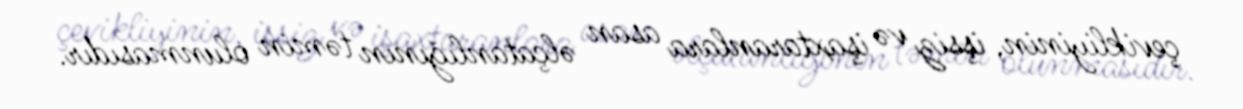
çevikliyinin, işsiz və işaxtaranlara asan əlçatanlığının təmin olunmasıdır.